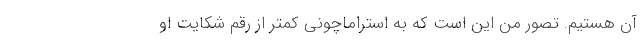
آن هستیم. تصور من این است که به استراماچونی کمتر از رقم شکایت او